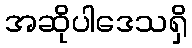
အဆိုပါဒေသရှိ